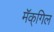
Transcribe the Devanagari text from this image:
मॅक्‌गिल